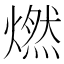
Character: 燃